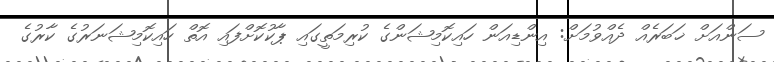
ސަންއަށް ޚަބަރެއް ދެއްވުމަށް: އިންޑިއަން ހައިކޮމިޝަންގެ ކުރިމަތީގައި ޕާކުކޮށްފައި އޮތް ހައިކޮމިޝަނަރުގެ ކާރުގެ